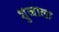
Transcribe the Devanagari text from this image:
शुजाला